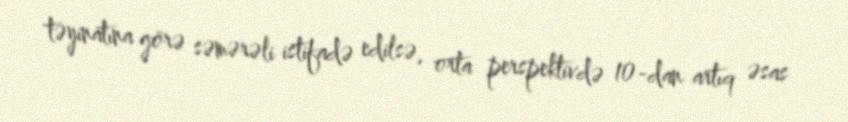
təyinatına görə səmərəli istifadə edilsə, orta perspektivdə 10-dan artıq əsas